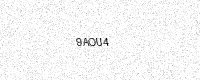
Text: 9AOU4